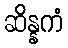
ဆိန္နကံ